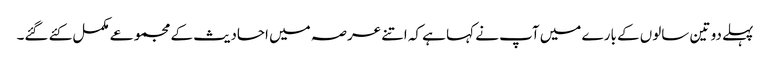
پہلے دو تین سالوں کے بارے میں آپ نے کہا ہے کہ اتنے عرصہ میں احادیث کے مجموعے مکمل کئے گئے۔